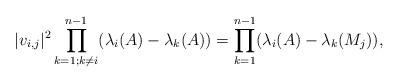
LaTeX: \begin{align*}\lvert v_{i,j} \rvert^2\prod _{k=1;k\ne i}^{n-1}({\lambda_i}(A)-{\lambda_k}(A))=\prod _{k=1}^{n-1}({\lambda_i}(A)-{\lambda_k}(M_j)),\end{align*}